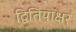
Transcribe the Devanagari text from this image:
द्वितियाक्षर